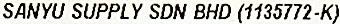
SANYU SUPPLY SDN BHD (1135772-K)